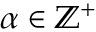
\alpha \in \mathbb { Z } ^ { + }